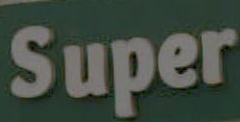
Super